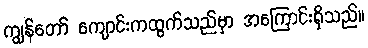
ကျွန်တော် ကျောင်းကထွက်သည်မှာ အကြောင်းရှိသည်။